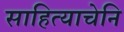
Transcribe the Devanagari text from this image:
साहित्याचेनि